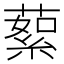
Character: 蕠